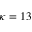
\kappa = 1 3